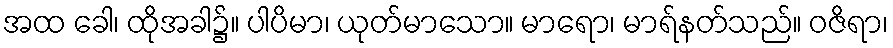
အထ ခေါ၊ ထိုအခါ၌။ ပါပိမာ၊ ယုတ်မာသော။ မာရော၊ မာရ်နတ်သည်။ ဝဇိရာ၊